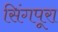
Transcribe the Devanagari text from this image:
सिंगपूरा